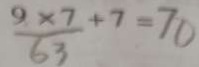
\frac { 9 \times 7 } { 6 3 } + 7 = 7 0